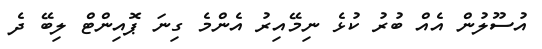
އުސޫލުން އެއް ބުރު ކުޅެ ނިމޭއިރު އެންމެ ގިނަ ޕޮއިންޓް ލިބޭ ދެ